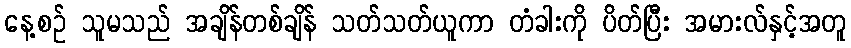
နေ့စဉ် သူမသည် အချိန်တစ်ချိန် သတ်သတ်ယူကာ တံခါးကို ပိတ်ပြီး အမားလ်နှင့်အတူ